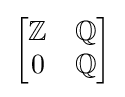
{\begin{bmatrix}\mathbb {Z} &\mathbb {Q} \\0&\mathbb {Q} \end{bmatrix}}